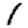
Digit: 1